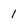
Character: 1